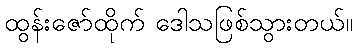
ထွန်းဇော်ထိုက် ဒေါသဖြစ်သွားတယ်။